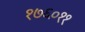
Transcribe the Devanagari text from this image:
१७६०११